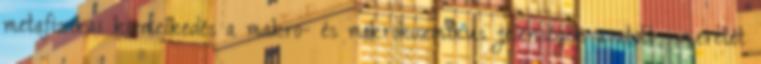
metafizikai kiemelkedés a makro- és mikrokozmikus jelenségek avatott ismeretét